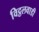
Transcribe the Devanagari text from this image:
विट्ठलवाडी